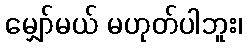
မျှော်မယ် မဟုတ်ပါဘူး၊